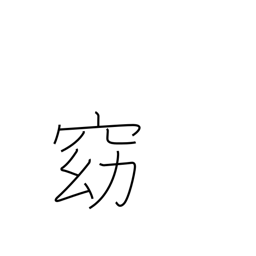
Meaning: quiet